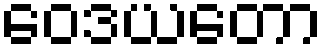
ဝေဒယတော